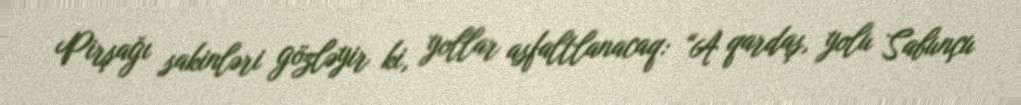
Pirşağı sakinləri gözləyir ki, yollar asfaltlanacaq: “A qardaş, yolu Sabunçu